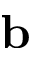
\mathbf { b }